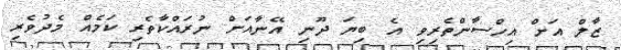
ޒާލް އަށް އިހްސާންތެރިވި އެ ބިޔަ ދޫނި އޭނާއަށް ނުރައްކާތެރި ކަމެއް މެދުވެރި